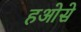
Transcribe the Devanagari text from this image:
हओसे